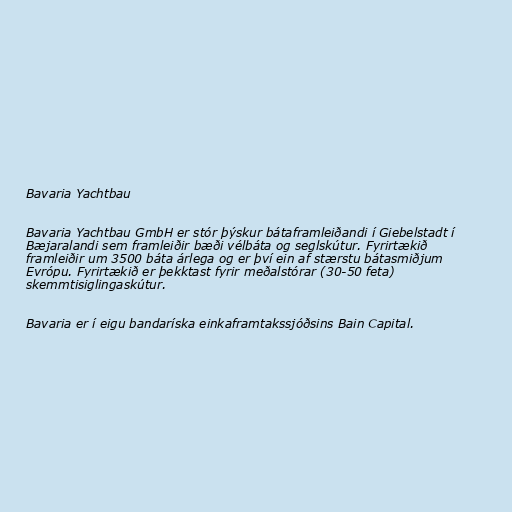
Bavaria Yachtbau

Bavaria Yachtbau GmbH er stór þýskur bátaframleiðandi í Giebelstadt í
Bæjaralandi sem framleiðir bæði vélbáta og seglskútur. Fyrirtækið
framleiðir um 3500 báta árlega og er því ein af stærstu bátasmiðjum
Evrópu. Fyrirtækið er þekktast fyrir meðalstórar (30-50 feta)
skemmtisiglingaskútur.

Bavaria er í eigu bandaríska einkaframtakssjóðsins Bain Capital.